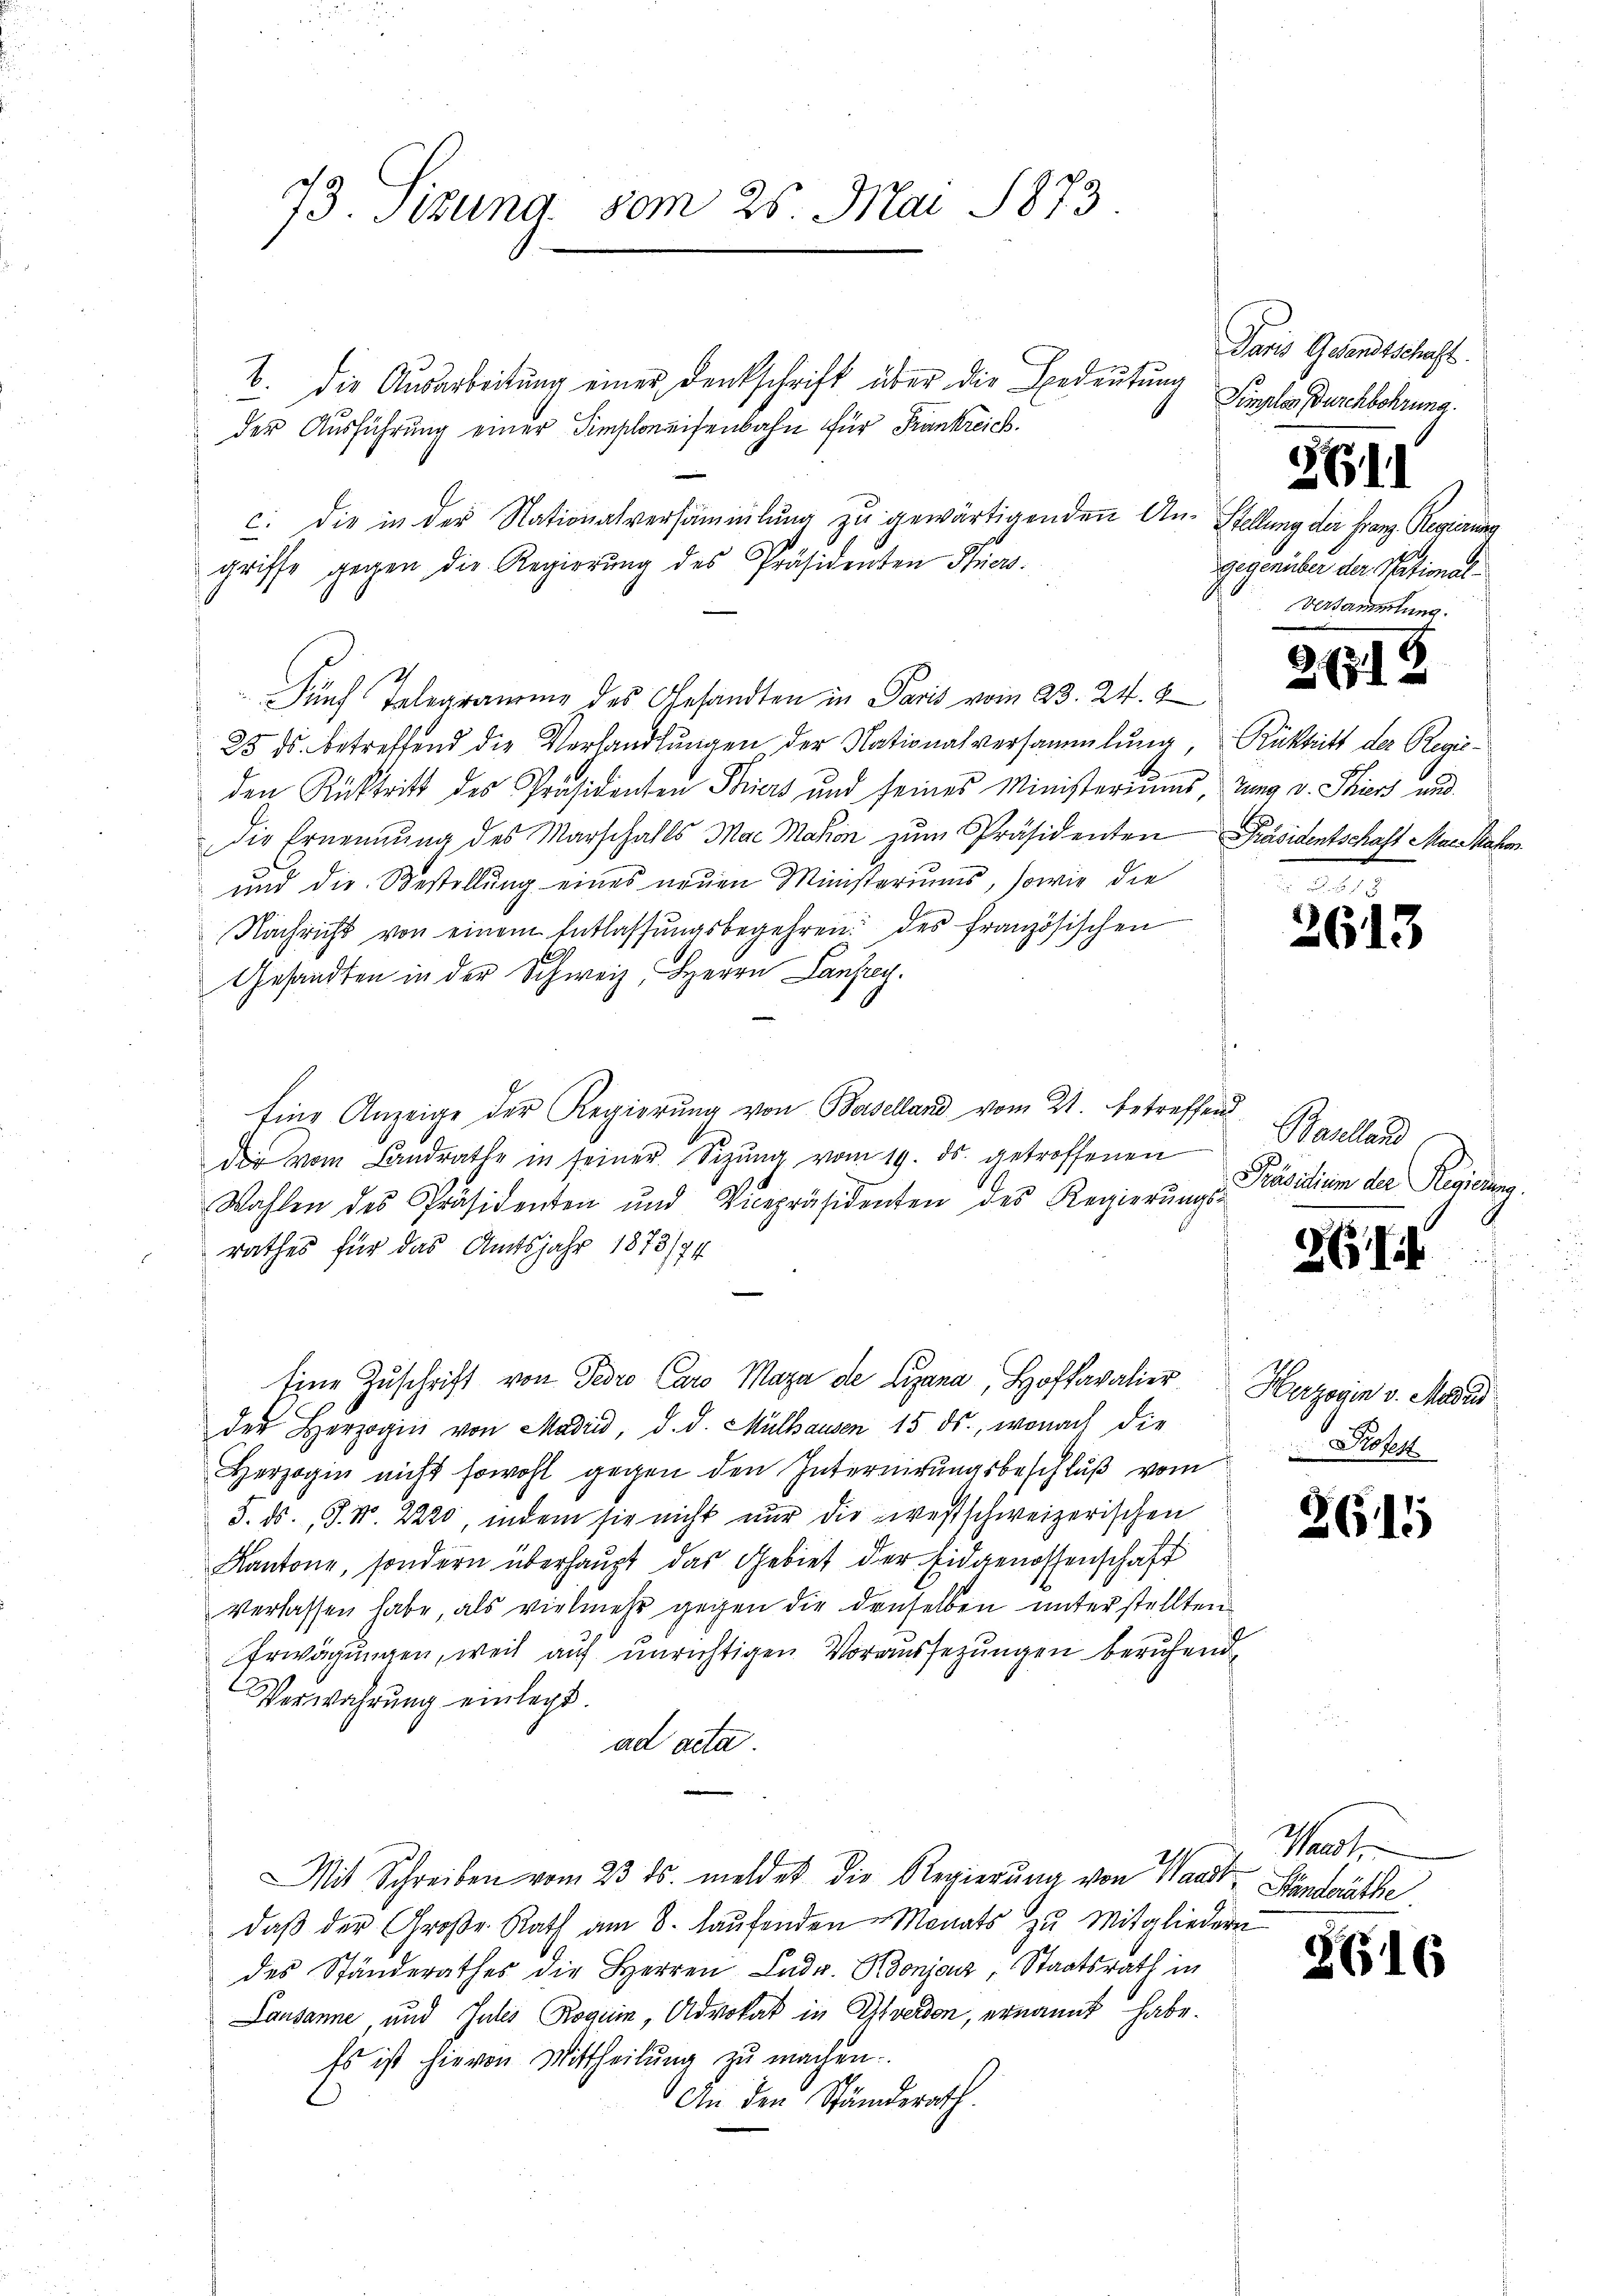
73. Sekund vom 25. Mai 1873.

b. die Ausarbeitung einer Denkschrift über die Bedeutung
.
der Ausführung einer Simploneisenbahn für Frankreich.
c. die in der Nationalversammlung zŭ gewärtigenden An- Stellung der Franz Regierung
griffe gegen die Regierŭng des Präsidenten Stier.
Fünf Telegraurig des Gesandten in Paris vom 23. 24. 8
25 ds. betreffend die Verhandlungen der Nationalversammlung, Rücktritt der Regieden Rücktritt des Präsidenten Thiers und seines Ministeriums, tung v. Thiers und
die Ernennung des Marschafts Mar Masion zŭm Präsidenten Präsidentschaft Marsahen
und die Bestellŭng eines neuen Ministeriums, sowie die
Nachricht von einem Entlassŭngsbegehren des französischen
Gesandten in der Schweiz, Herrn Lanfry.
Eine Anzeige der Regierŭng von Baselland vom 21. betreffend
dir vom Landrathe in seiner Sizŭng vom 19. ds. getroffenen
Wahlen des Präsidenten und Vicepräsidenten des Regierŭngs-
rathes für das Amtsjahr 1873/74
Eine Zuschrift von Pero Caro Maza de Ligana, Hofkavalier
der Herzogin von Madrid, d. d. Mülhausen 15 ds., wonach die
Herzogin nicht sowohl gegen den Internirungsbeschlŭβ vom Protest
5. ds. J. N. 2220, indem sie nicht nur die westschweizerischen
Kantone, sondern überhaupt das Gebiet der Eidgenossenschaft
verlassen habe, als vielmehr gegen die denselben unterstellten
Erwägungen, weil auf unrichtigen Voraussezungen beruhend,
Verwahrung einlegt.
ad acta.
Mit Schreiben vom 23. ds. meldet die Regierŭng von Waadt Ständeräthe
daβ der Große Rath am 8. laŭfenden Monats zŭ Mitgliedern
des Ständerathes die Herren Ludr. Bonjanz, Staatsrath in
Lausanne, und Gutes Roguin, Advokat in Yverden, ernannt habe.
Es ist hievon Mittheilŭng zu machen.
An den Ständerath.

Paris Gesandtschaft.
Simples Burchbehrung.
2611
gegenüber der National
Versammlung.

2613

Baselland
Präsidien der Regierung.

2

Herzogin v. Medi

2615

Want

2616